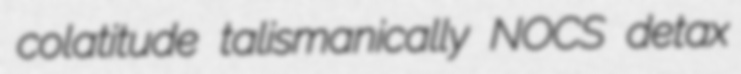
colatitude talismanically NOCS detax